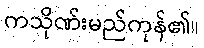
ကသိုဏ်းမည်ကုန်၏။